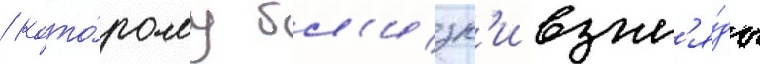
/ кото́рому бл'изк'и взгл'я́ды